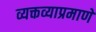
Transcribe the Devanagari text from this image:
व्यक्तव्याप्रमाणे